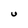
Character: U